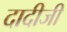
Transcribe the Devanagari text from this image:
दादीजी